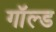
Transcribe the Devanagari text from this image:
गॉल्ड